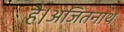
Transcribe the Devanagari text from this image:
है।अजितनाथ